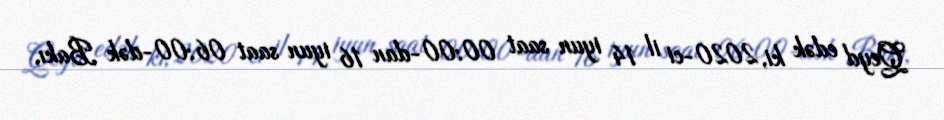
Qeyd edək ki, 2020-ci il 14 iyun saat 00:00-dan 16 iyun saat 06:00-dək Bakı,